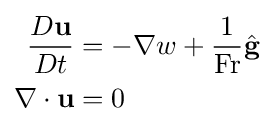
{\begin{aligned}{D\mathbf {u}  \over Dt}&=-\nabla w+{\frac {1}{\mathrm {Fr} }}{\hat {\mathbf {g} }}\\\nabla \cdot \mathbf {u} &=0\end{aligned}}